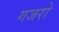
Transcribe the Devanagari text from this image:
गजरो